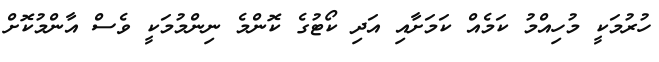
ހުރުމަކީ މުހިއްމު ކަމެއް ކަމަށާއި އަދި ކޯޓުގެ ކޮންމެ ނިންމުމަކީ ވެސް އާންމުކޮށް